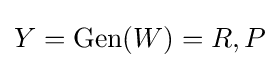
Y=\operatorname {Gen} (W)=R,P